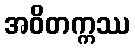
အဝိတက္ကဿ